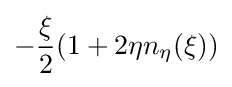
-{\frac {\xi }{2}}(1+2\eta n_{\eta }(\xi ))